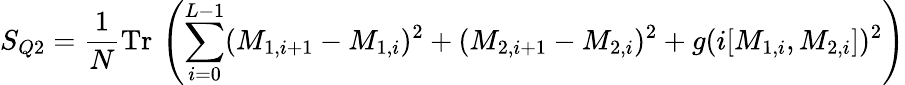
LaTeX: S_{Q2}=\frac{1}{N}\mathrm{Tr}\, \left(\sum_{i=0}^{L-1}(M_{1,i+1}-M_{1,i})^{2}+(M_{2,i+1}-M_{2,i})^{2}+g(i[M_{1,i},M_{2,i}])^{2}\right)